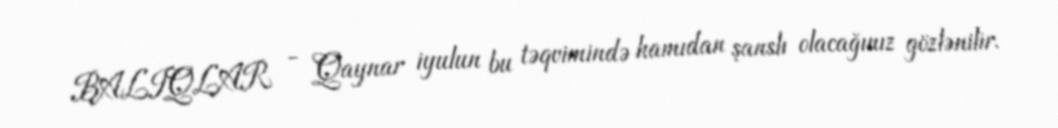
BALIQLAR - Qaynar iyulun bu təqvimində hamıdan şanslı olacağınız gözlənilir.